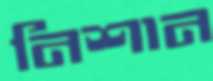
নিশান